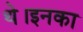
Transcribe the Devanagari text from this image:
थे।इनका